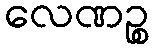
လေဏဉ္စ